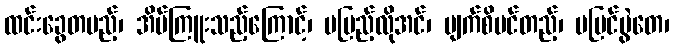
ထင်းခွေတပည့်၊ အိပ်ကြူးသည့်ကြောင့်၊ မပြည့်လိုအင်၊ မျက်စိပင်တည့်၊ မမြင်မွဲတေ၊